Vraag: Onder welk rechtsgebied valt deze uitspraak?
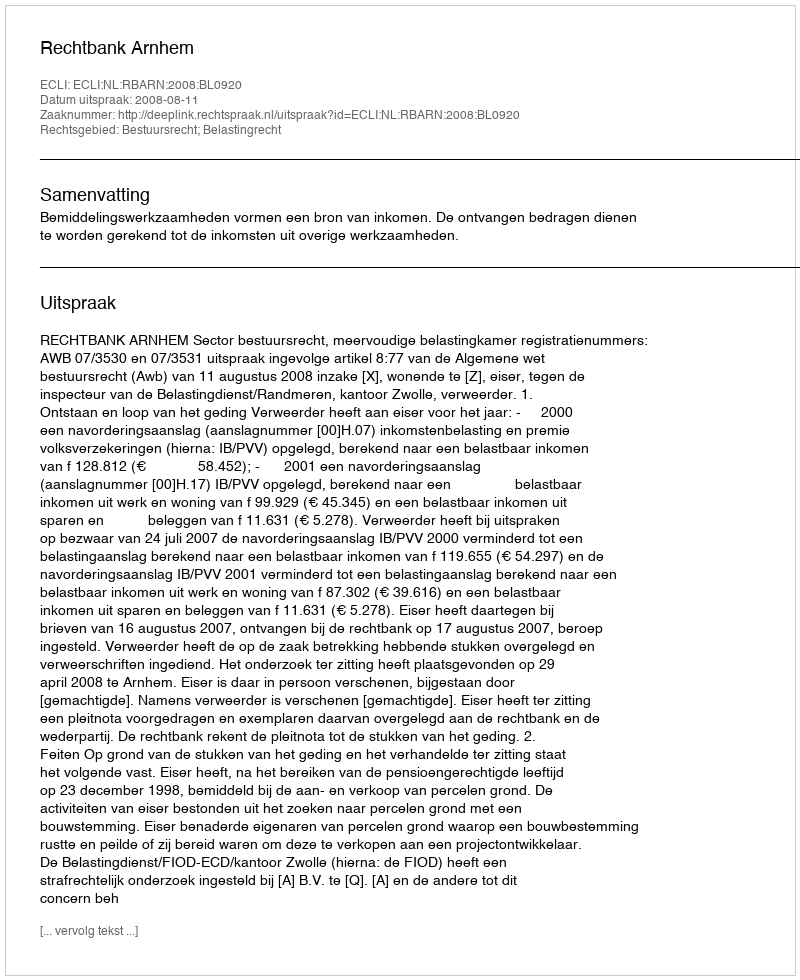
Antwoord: Bestuursrecht; Belastingrecht